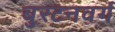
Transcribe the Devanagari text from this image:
बुरटनवर्ग